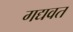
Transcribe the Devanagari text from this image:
गद्यवत